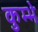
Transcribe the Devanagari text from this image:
कुम्भे